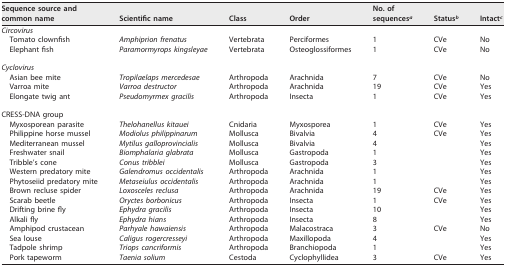
<table><thead><tr><td><b>Sequence source and common name</b></td><td><b>Scientific name</b></td><td><b>Class</b></td><td><b>Order</b></td><td><b>No. of sequences<sup><i>a</i></sup></b></td><td><b>Status<sup><i>b</i></sup></b></td><td><b>Intact<sup><i>c</i></sup></b></td></tr></thead><tbody><tr><td>Circovirus</td><td></td><td></td><td></td><td></td><td></td><td></td></tr><tr><td>Tomato clownfish</td><td>Amphiprion frenatus</td><td>Vertebrata</td><td>Perciformes</td><td>1</td><td>CVe</td><td>No</td></tr><tr><td>Elephant fish</td><td>Paramormyrops kingsleyae</td><td>Vertebrata</td><td>Osteoglossiformes</td><td>1</td><td>CVe</td><td>No</td></tr><tr><td>Cyclovirus</td><td></td><td></td><td></td><td></td><td></td><td></td></tr><tr><td>Asian bee mite</td><td>Tropilaelaps mercedesae</td><td>Arthropoda</td><td>Arachnida</td><td>7</td><td>CVe</td><td>No</td></tr><tr><td>Varroa mite</td><td>Varroa destructor</td><td>Arthropoda</td><td>Arachnida</td><td>19</td><td>CVe</td><td>Yes</td></tr><tr><td>Elongate twig ant</td><td>Pseudomyrmex gracilis</td><td>Arthropoda</td><td>Insecta</td><td>1</td><td>CVe</td><td>Yes</td></tr><tr><td>CRESS-DNA group</td><td></td><td></td><td></td><td></td><td></td><td></td></tr><tr><td>Myxosporean parasite</td><td>Thelohanellus kitauei</td><td>Cnidaria</td><td>Myxosporea</td><td>1</td><td>CVe</td><td>Yes</td></tr><tr><td>Philippine horse mussel</td><td>Modiolus philippinarum</td><td>Mollusca</td><td>Bivalvia</td><td>4</td><td>CVe</td><td>Yes</td></tr><tr><td>Mediterranean mussel</td><td>Mytilus galloprovincialis</td><td>Mollusca</td><td>Bivalvia</td><td>4</td><td></td><td>Yes</td></tr><tr><td>Freshwater snail</td><td>Biomphalaria glabrata</td><td>Mollusca</td><td>Gastropoda</td><td>1</td><td></td><td>Yes</td></tr><tr><td>Tribble&#x27;s cone</td><td>Conus tribblei</td><td>Mollusca</td><td>Gastropoda</td><td>3</td><td></td><td>Yes</td></tr><tr><td>Western predatory mite</td><td>Galendromus occidentalis</td><td>Arthropoda</td><td>Arachnida</td><td>1</td><td></td><td>Yes</td></tr><tr><td>Phytoseiid predatory mite</td><td>Metaseiulus occidentalis</td><td>Arthropoda</td><td>Arachnida</td><td>1</td><td></td><td>Yes</td></tr><tr><td>Brown recluse spider</td><td>Loxosceles reclusa</td><td>Arthropoda</td><td>Arachnida</td><td>19</td><td>CVe</td><td>Yes</td></tr><tr><td>Scarab beetle</td><td>Oryctes borbonicus</td><td>Arthropoda</td><td>Insecta</td><td>1</td><td>CVe</td><td>Yes</td></tr><tr><td>Drifting brine fly</td><td>Ephydra gracilis</td><td>Arthropoda</td><td>Insecta</td><td>10</td><td></td><td>Yes</td></tr><tr><td>Alkali fly</td><td>Ephydra hians</td><td>Arthropoda</td><td>Insecta</td><td>8</td><td></td><td>Yes</td></tr><tr><td>Amphipod crustacean</td><td>Parhyale hawaiensis</td><td>Arthropoda</td><td>Malacostraca</td><td>3</td><td>CVe</td><td>No</td></tr><tr><td>Sea louse</td><td>Caligus rogercresseyi</td><td>Arthropoda</td><td>Maxillopoda</td><td>4</td><td></td><td>Yes</td></tr><tr><td>Tadpole shrimp</td><td>Triops cancriformis</td><td>Arthropoda</td><td>Branchiopoda</td><td>1</td><td></td><td>Yes</td></tr><tr><td>Pork tapeworm</td><td>Taenia solium</td><td>Cestoda</td><td>Cyclophyllidea</td><td>3</td><td>CVe</td><td>Yes</td></tr></tbody></table>